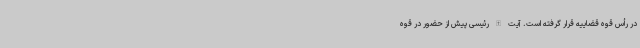
در رأس قوه قضاییه قرار گرفته است. آیت الله رئیسی پیش از حضور در قوه